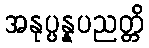
အနုပ္ပန္နပညတ္တိ